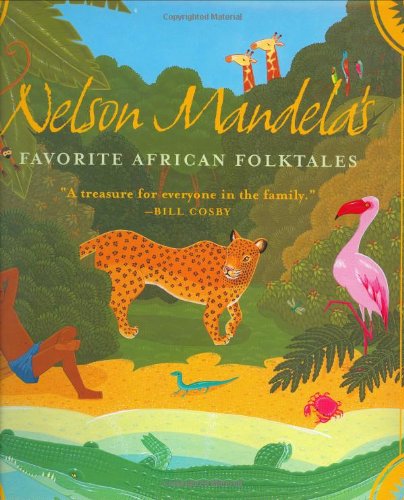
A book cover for Nelson Mandela's Favorite African Folktales (Aesop Accolades (Awards)); Children's Books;